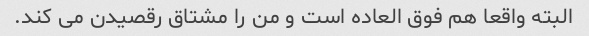
البته واقعا هم فوق العاده است و من را مشتاق رقصیدن می کند.